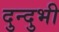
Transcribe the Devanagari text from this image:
दुन्‍दुभी